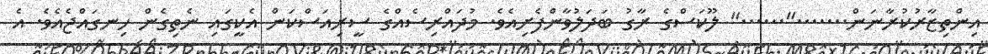
އިންތިޒާރުކުރާނަން......."......" ލޫކަސްގެ ރާގު ބަދަލުވާންފެށިއެވެ. މުދައްރިސެއްގެ ސީރިއަސްކަން އެކީގައި ނެތިގެން ހިނގައްޖެއެވެ. އެ